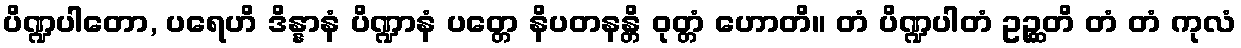
ပိဏ္ဍပါတော, ပရေဟိ ဒိန္နာနံ ပိဏ္ဍာနံ ပတ္တေ နိပတနန္တိ ဝုတ္တံ ဟောတိ။ တံ ပိဏ္ဍပါတံ ဥဉ္ဆတိ တံ တံ ကုလံ